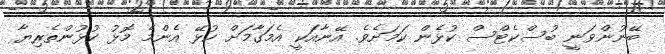
ބޭނުންވަނީ ބުސްކެޓްސް ކުޅެން ކަމަށެވެ. އޭނާއަކީ އެމަގާމަށް ކުޅޭ އެންމެ މޮޅު ކުޅުންތެރިޔާ